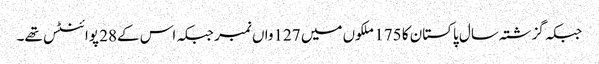
جبکہ گزشتہ سال پاکستان کا 175 ملکوں میں 127واں نمبر جبکہ اس کے28 پوائنٹس تھے۔